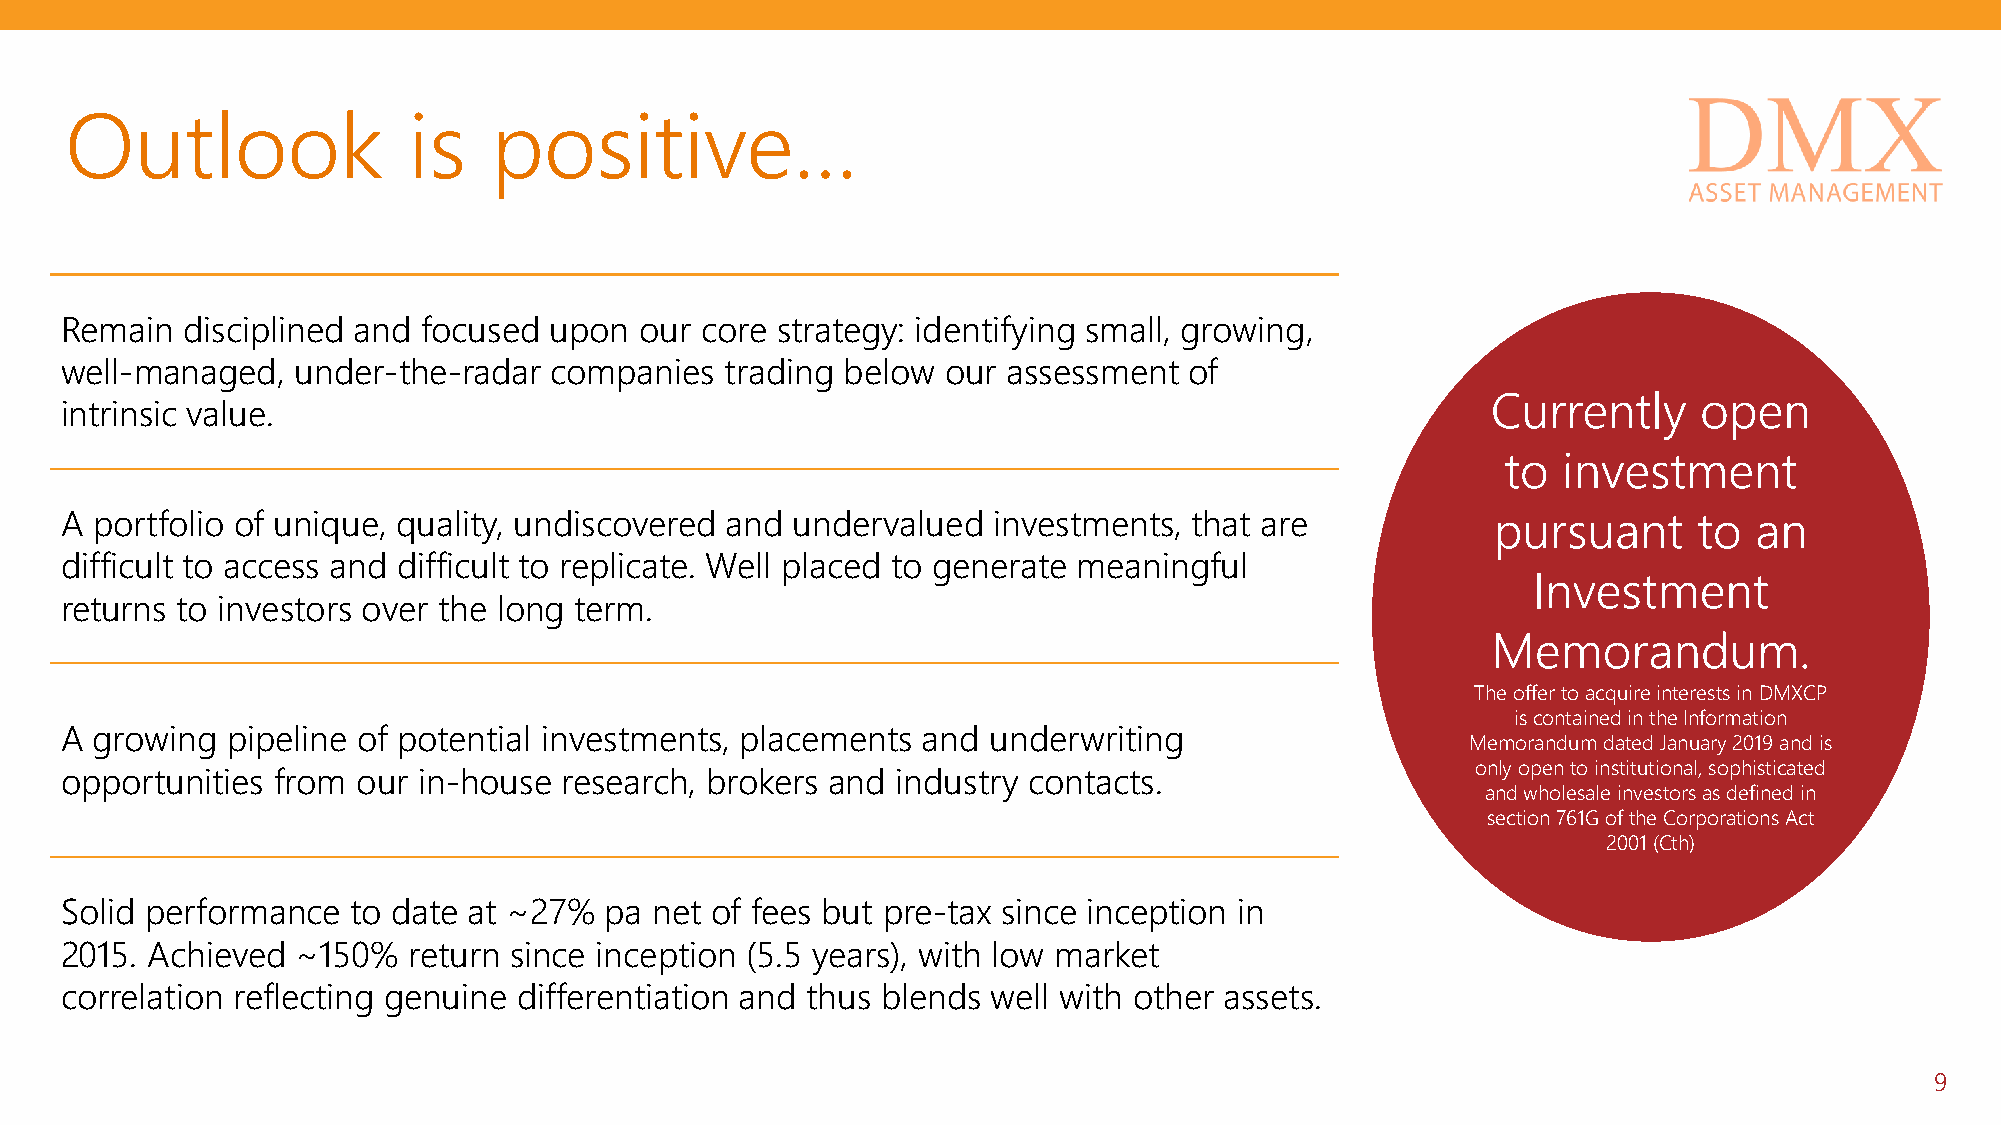
Outlook                is    positive…
 Remain  disciplined and focused upon  our core strategy: identifying small, growing,
 well-managed,  under-the-radar  companies   trading below  our assessment  of
 Currently     open
 intrinsic value.
 to investment
 A portfolio of unique, quality, undiscovered and undervalued  investments, that are            pursuant     to  an
 difficult to access and difficult to replicate. Well placed to generate meaningful
 Investment
 returns to investors over the long term.
 Memorandum.
 The offer to acquire interests in DMXCP
 is contained in the Information
 A growing  pipeline of potential investments, placements and underwriting
 Memorandum dated January 2019 and is
 only open to institutional, sophisticated
 opportunities from  our in-house research, brokers and industry contacts.
 and wholesale investors as defined in
 section 761G of the Corporations Act
 2001 (Cth)
 Solid performance  to date at ~27%  pa net of fees but pre-tax since inception in
 2015. Achieved  ~150%  return since inception (5.5 years), with low market
 correlation reflecting genuine differentiation and thus blends well with other assets.
 9